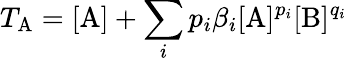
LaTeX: T_{\mathrm{A}}=[\mathrm{A}]+\sum_{i}p_{i}\beta_{i}[\mathrm{A}]^{p_{i}}[\mathrm{B}]^{q_{i}}